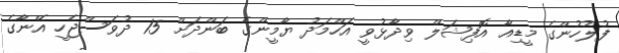
ފުލުހުންގެ މީޑިއާ އޮފިޝަލް ވިދާޅުވީ އަހްމަދު ޔާމީންގެ ބަންދަށް 15 ދުވަސްޖެހީ އޭނާގެ